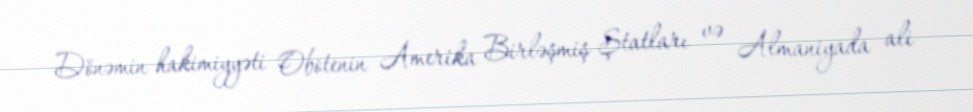
Dönəmin hakimiyyəti Obotenin Amerika Birləşmiş Ştatları və Almaniyada ali